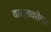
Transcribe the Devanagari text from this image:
वास्तवतेला